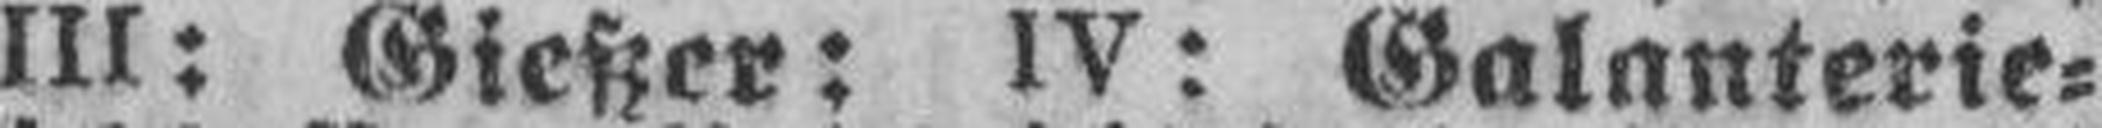
III: Gießer: IV: Galanterie¬